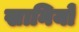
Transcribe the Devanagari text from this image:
खानियों